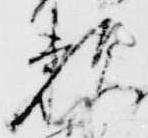
頼